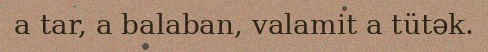
a tar, a balaban, valamit a tütək.